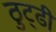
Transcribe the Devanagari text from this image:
ठुट्ढी